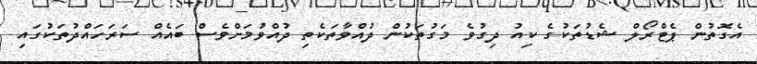
އެގޮތުން ޕެޓްރޯލް ޝެޑުތަކުގެ ކިއު ދިގުވެ މަގުތަކުން ދުއްވާތަކެތި ދުއްވުމަށްވެސް ބައެއް ސަރަހައްދުތަކުގައި